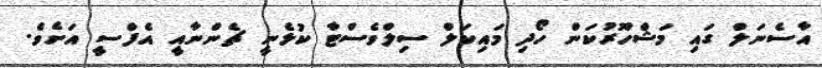
އާސެނަލް ގައި މަޝްހޫރުކަން ހޯދި މައިކަލް ސިލްވެސްޓާ ކުޅެނީ ޗެންނާއީ އެފްސީ އަށެވެ.